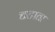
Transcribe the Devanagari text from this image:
चटाता